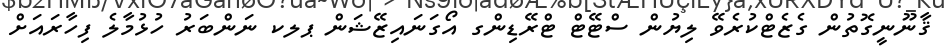
ޤާނޫނީގޮތުން ގެޒެޓްކުރެވޭ ލިޔުން ސްޓޭޓް ޓްރޭޑިންގ އޯގަނައިޒޭޝަން ޕލކ ނަންބަރު ހުޅުމާލެ ފިހާރައަށް